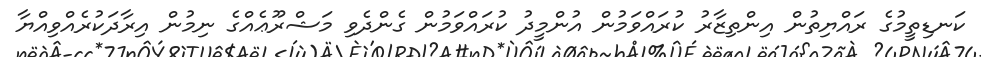
ކަނޑިތީމުގެ ރައްޔިތުން އިންތިޒާރު ކުރައްވަމުން އުންމީދު ކުރައްވަމުން ގެންދެވި މަޝްރޫޢެއްގެ ނިމުން އިރާދަކުރެއްވިއްޔާ